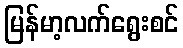
မြန်မာ့လက်ရွေးစင်